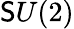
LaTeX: \mathsf{S}U(2)